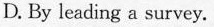
D. By leading a survey.